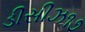
ડીસીઝ૧૭